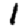
Digit: 1